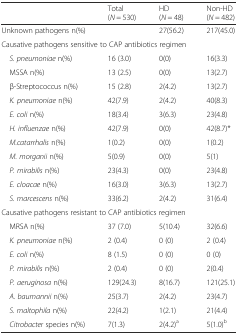
|  | Total (N = 530) | HD(N = 48) | Non-HD (N = 482) |
 | --- | --- | --- | --- |
 | <COLSPAN=2> Unknown pathogens n(%) | 27(56.2) | 217(45.0) |
 | <COLSPAN=4> Causative pathogens sensitive to CAP antibiotics regimen |
 | S. pneumoniae n(%) | 16 (3.0) | 0(0) | 16(3.3) |
 | MSSA n(%) | 13 (2.5) | 0(0) | 13(2.7) |
 | β-Streptococcus n(%) | 15 (2.8) | 2(4.2) | 13(2.7) |
 | K. pneumoniae n(%) | 42(7.9) | 2(4.2) | 40(8.3) |
 | E. coli n(%) | 18(3.4) | 3(6.3) | 23(4.8) |
 | H. influenzae n(%) | 42(7.9) | 0(0) | 42(8.7)* |
 | M.catarrhalis n(%) | 1(0.2) | 0(0) | 1(0.2) |
 | M. morganii n(%) | 5(0.9) | 0(0) | 5(1) |
 | P. mirabilis n(%) | 23(4.3) | 0(0) | 23(4.8) |
 | E. cloacae n(%) | 16(3.0) | 3(6.3) | 13(2.7) |
 | S. marcescens n(%) | 33(6.2) | 2(4.2) | 31(6.4) |
 | <COLSPAN=4> Causative pathogens resistant to CAP antibiotics regimen |
 | MRSA n(%) | 37 (7.0) | 5(10.4) | 32(6.6) |
 | K. pneumoniae n(%) | 2 (0.4) | 0 (0) | 2 (0.4) |
 | E. coli n(%) | 8 (1.5) | 0 (0) | 0 (0) |
 | P. mirabilis n(%) | 2 (0.4) | 0 (0) | 2(0.4) |
 | P. aeruginosa n(%) | 129(24.3) | 8(16.7) | 121(25.1) |
 | A. baumannii n(%) | 25(3.7) | 2(4.2) | 23(4.7) |
 | S. maltophila n(%) | 22(4.2) | 1(2.1) | 21(4.4) |
 | Citrobacter species n(%) | 7(1.3) | 2(4.2)a | 5(1.0)b |